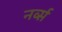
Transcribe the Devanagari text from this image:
नर्व्स